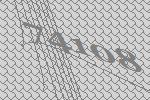
74108